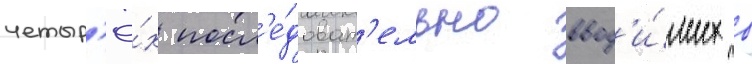
четыр'ё́х посл'е́доват'ельно ввод'и́мых в